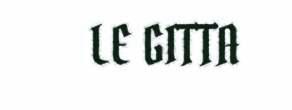
LE GITTA